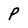
Character: P